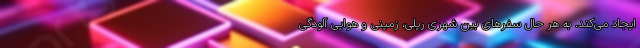
ایجاد می‌کند. به هر حال سفرهای بین شهری ریلی، زمینی و هوایی آلودگی